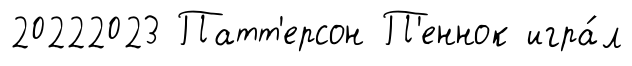
20222023 Патт'ерсон П'еннок игра́л